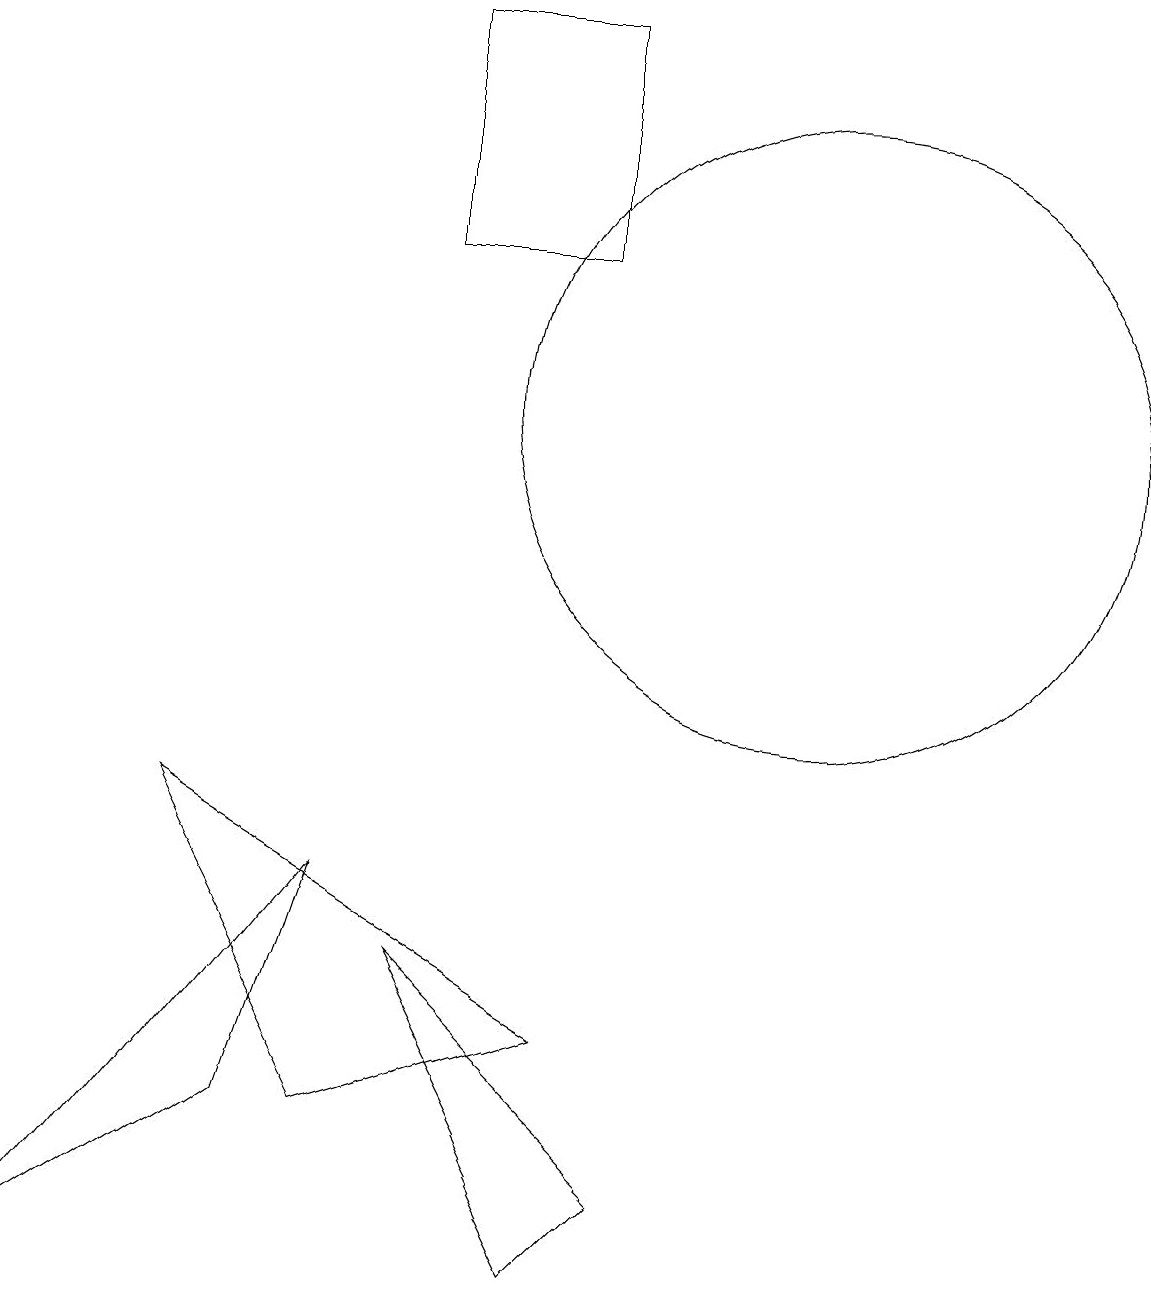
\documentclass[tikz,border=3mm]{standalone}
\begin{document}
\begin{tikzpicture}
\draw (4,2) -- (5,5) -- (1,0) -- cycle;
\draw (11,11) circle (4);
\draw (6,16) rectangle (8,13);
\draw (8,0) -- (6,4) -- (9,1) -- cycle;
\draw (8,3) -- (5,2) -- (3,6) -- cycle;
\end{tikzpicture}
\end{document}